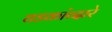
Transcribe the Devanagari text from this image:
घडकांव्दारे